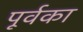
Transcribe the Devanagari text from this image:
पूर्वका